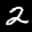
Label: 2